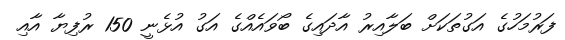
ފަރުމަހުގެ އަގުތަކަށް ބަލާއިރު އާދައިގެ ބޯވައެއްގެ އަގު އުޅެނީ 150 ރުފިޔާ އާއި